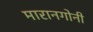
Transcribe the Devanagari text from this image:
मारानगोनी